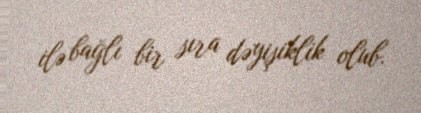
ilə bağlı bir sıra dəyişiklik olub.